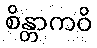
စိန္တာကဝိ